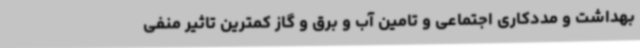
بهداشت و مددکاری اجتماعی و تامین آب و برق و گاز کمترین تاثیر منفی